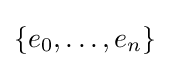
\{e_{0},\dotsc ,e_{n}\}